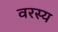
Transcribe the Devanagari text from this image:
वरस्य